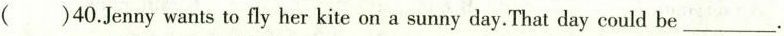
( )40.Jenny wants to fly her kite on a sunny day.That day could be___.